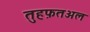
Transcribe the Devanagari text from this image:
तुहफ़तअल